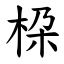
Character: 桗